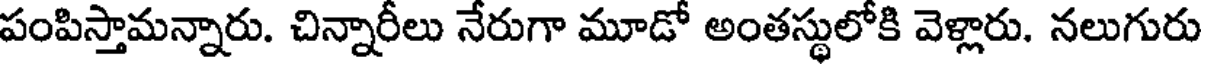
పంపిస్తామన్నారు. చిన్నారీలు నేరుగా మూడో అంతస్థులోకి వెళ్లారు. నలుగురు